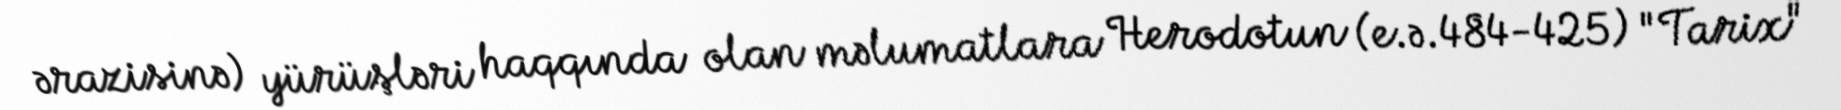
ərazisinə) yürüşləri haqqında olan məlumatlara Herodotun (e.ə.484-425) "Tarix"